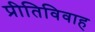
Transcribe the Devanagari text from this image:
प्रीतिविवाह